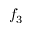
f _ { 3 }